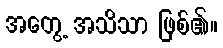
အတွေ့ အသိသာ ဖြစ်၏။